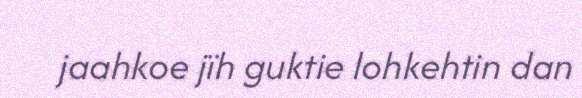
jaahkoe jïh guktie lohkehtin dan